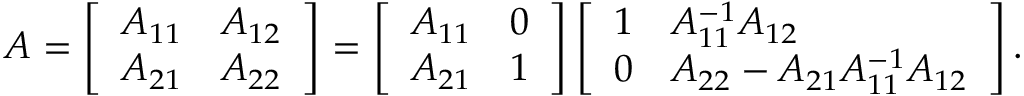
\begin{array} { r } { A = \left[ \begin{array} { l l } { A _ { 1 1 } } & { A _ { 1 2 } } \\ { A _ { 2 1 } } & { A _ { 2 2 } } \end{array} \right] = \left[ \begin{array} { l l } { A _ { 1 1 } } & { \boldsymbol { 0 } } \\ { A _ { 2 1 } } & { \boldsymbol { 1 } } \end{array} \right] \left[ \begin{array} { l l } { \boldsymbol { 1 } } & { A _ { 1 1 } ^ { - 1 } A _ { 1 2 } } \\ { \boldsymbol { 0 } } & { A _ { 2 2 } - A _ { 2 1 } A _ { 1 1 } ^ { - 1 } A _ { 1 2 } } \end{array} \right] . } \end{array}